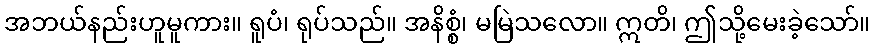
အဘယ်နည်းဟူမူကား။ ရူပံ၊ ရုပ်သည်။ အနိစ္စံ၊ မမြဲသလော။ ဣတိ၊ ဤသို့မေးခဲ့သော်။